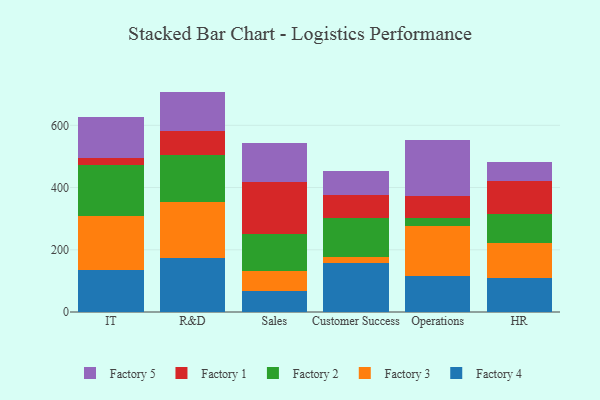
{"axis": {"x": "Department", "y": "Website Visitors"}, "legend": ["Factory 1", "Factory 2", "Factory 3", "Factory 4", "Factory 5"], "data": [{"x": "IT", "y": 133.4, "type": "Factory 4"}, {"x": "IT", "y": 176.0, "type": "Factory 3"}, {"x": "IT", "y": 163.6, "type": "Factory 2"}, {"x": "IT", "y": 22.7, "type": "Factory 1"}, {"x": "IT", "y": 132.4, "type": "Factory 5"}, {"x": "R&D", "y": 173.6, "type": "Factory 4"}, {"x": "R&D", "y": 179.5, "type": "Factory 3"}, {"x": "R&D", "y": 150.3, "type": "Factory 2"}, {"x": "R&D", "y": 76.7, "type": "Factory 1"}, {"x": "R&D", "y": 128.2, "type": "Factory 5"}, {"x": "Sales", "y": 67.7, "type": "Factory 4"}, {"x": "Sales", "y": 63.1, "type": "Factory 3"}, {"x": "Sales", "y": 120.9, "type": "Factory 2"}, {"x": "Sales", "y": 167.4, "type": "Factory 1"}, {"x": "Sales", "y": 124.3, "type": "Factory 5"}, {"x": "Customer Success", "y": 158.1, "type": "Factory 4"}, {"x": "Customer Success", "y": 18.4, "type": "Factory 3"}, {"x": "Customer Success", "y": 125.2, "type": "Factory 2"}, {"x": "Customer Success", "y": 73.4, "type": "Factory 1"}, {"x": "Customer Success", "y": 77.3, "type": "Factory 5"}, {"x": "Operations", "y": 116.9, "type": "Factory 4"}, {"x": "Operations", "y": 159.3, "type": "Factory 3"}, {"x": "Operations", "y": 25.9, "type": "Factory 2"}, {"x": "Operations", "y": 71.8, "type": "Factory 1"}, {"x": "Operations", "y": 178.9, "type": "Factory 5"}, {"x": "HR", "y": 110.6, "type": "Factory 4"}, {"x": "HR", "y": 110.0, "type": "Factory 3"}, {"x": "HR", "y": 92.9, "type": "Factory 2"}, {"x": "HR", "y": 108.0, "type": "Factory 1"}, {"x": "HR", "y": 60.6, "type": "Factory 5"}]}